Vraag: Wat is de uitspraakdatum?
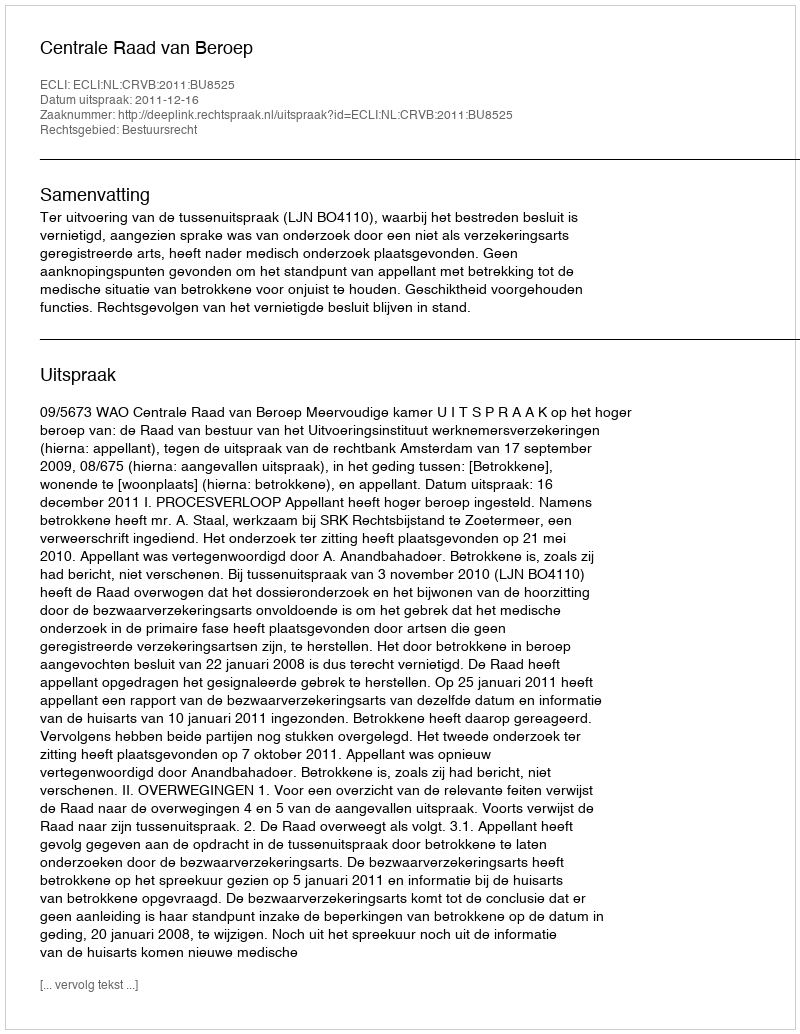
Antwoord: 2011-12-16